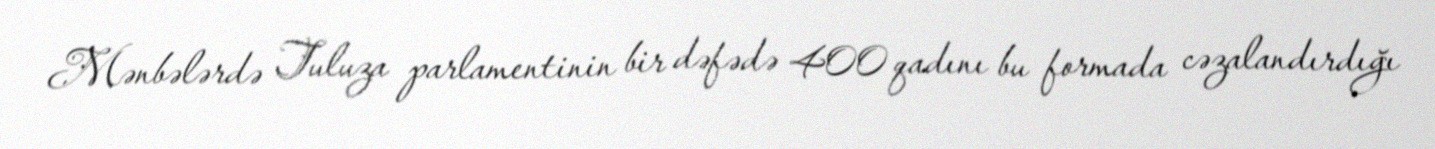
Mənbələrdə Tuluza parlamentinin bir dəfədə 400 qadını bu formada cəzalandırdığı